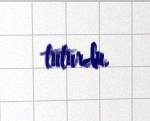
tuturdu.